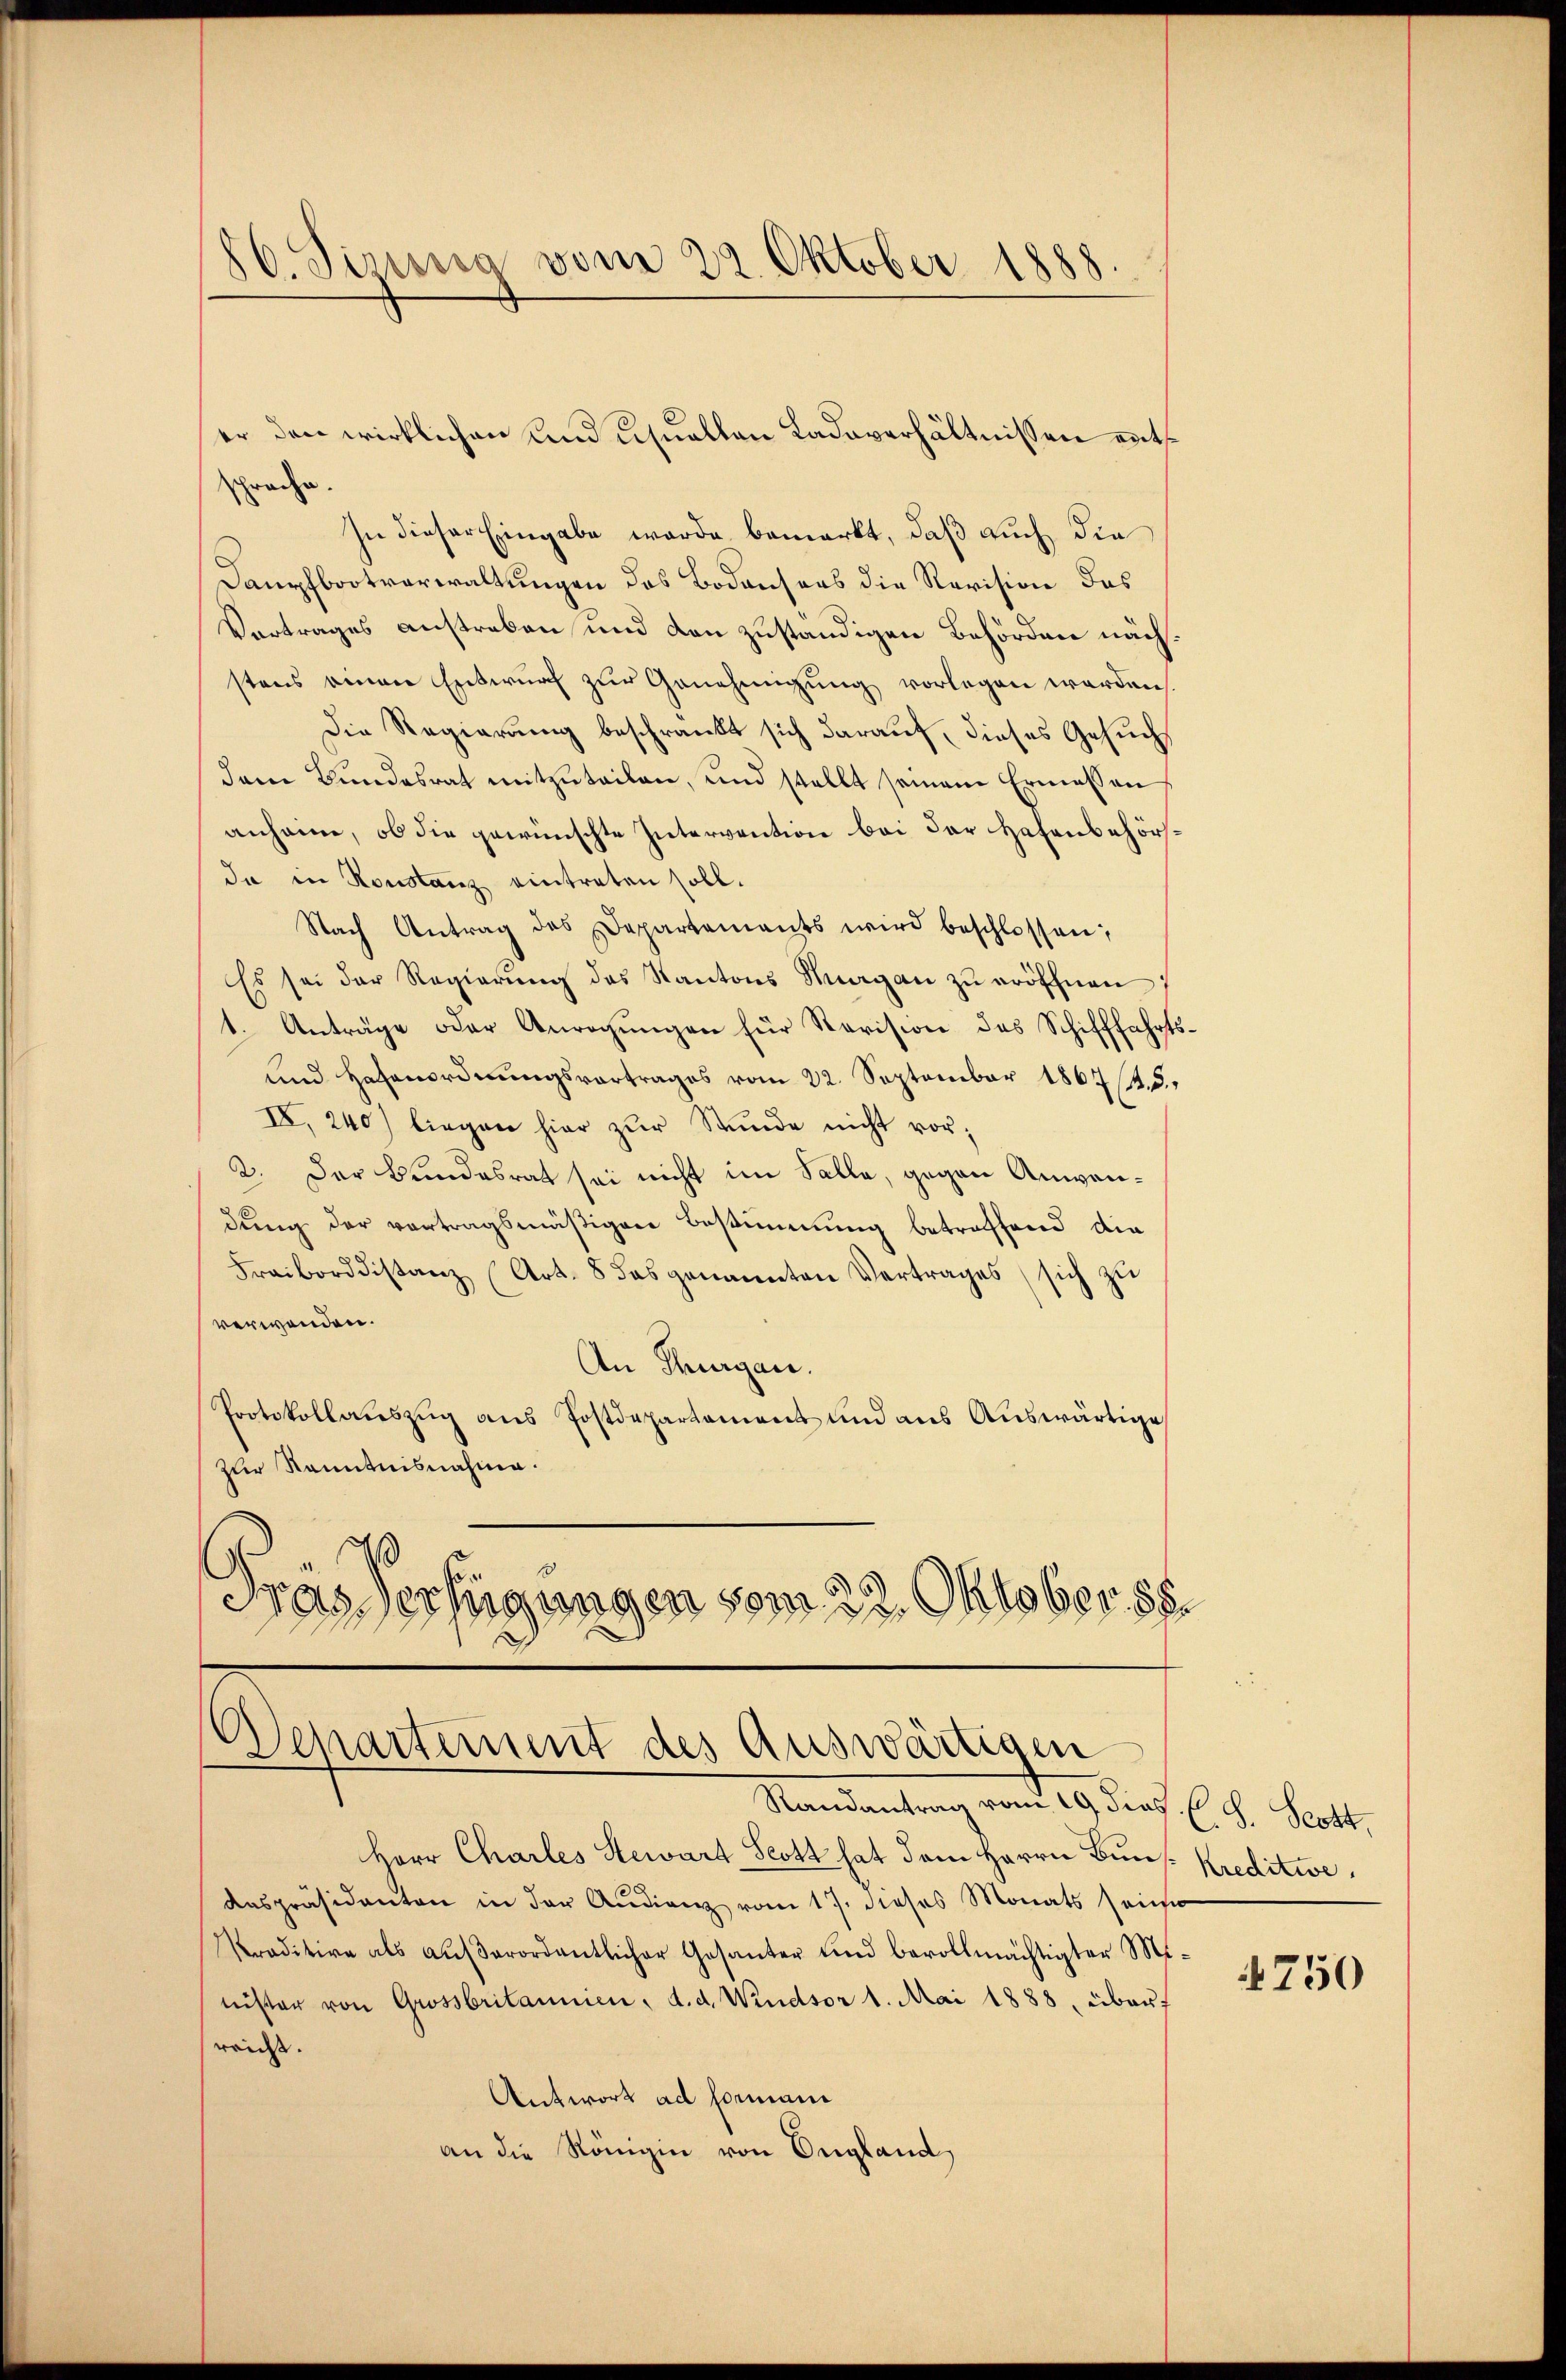
86 Sirna vom 22. Oktober 1888

spreche.
In dieser Eingabe wurde bemerkt, daß auch die
Dampfbootverwaltungen des Bodensens die Revision das
Vertrages anstreben und den zuständigen Behörden nächstens einen Entwurf zur Genehmigung vorlegen werden,
Die Regierung beschränkt sich darauf, dieses Gesuch
dem Bundesrat mitzuteilen, und stellt seinem Ermessen
anheim, ob die gewünschte Intervention bei der Hafenbehörda in Konstanz eintreten soll.
Nach Antrag des Departements wird beschlossen:
Es sei der Regierŭng des Kantons Nergan zŭ eröffnen
1. Anträge oder Anregŭngen für Revision des Schifffahrts-
und Hafenordnungsvortrages vom 22. September 1867. d.
IV. 240) liegen hier zŭr Stŭnde nicht vor¬
2. Der Bundesrat sei nicht im Falle, gegen Anwendung der vortragsmäßigen Bestimmung betreffend die
Fraiborddistanz (Art. 8 das genannten Vertrages sich zŭ
verwenden.
An Thurgau.
Protokollauszug aus Postdepartement und aus Auswärtige
zur Kenntnisnahme.
Frasverfügungen vom 22. Oktober 188

er den wirklichen und usuellen Ladaverhältnissen ents¬

Departement des Auswärtigen
Randantrag vom 19. dies. (S. Scott.

Herr Charles Hewart Scott hat dem Herrn Bun- Kreditive,
daspräsidenten in der Audienz vom 17. dieses Monats seine
Praditive als aŭβerordentlicher Gesanter und bevollmächtigter Minister von Grossbritannien, d. d. Wendsor 1. Mai 1888. übert
sreicht.
Antwort ad Formani
an die Königin von England,

750